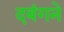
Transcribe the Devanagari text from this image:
दबंगने